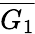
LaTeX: \overline{{G_{1}}}